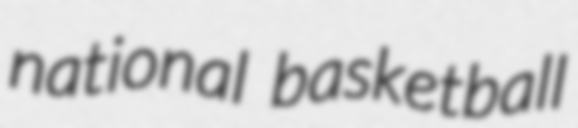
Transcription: national basketball